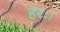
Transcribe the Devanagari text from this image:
हरः।